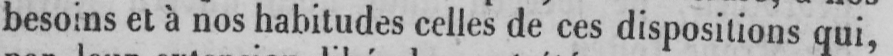
besoins et à nos habitudes celles de ces dispositions qui,